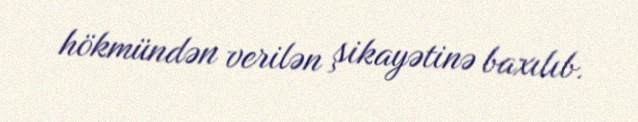
hökmündən verilən şikayətinə baxılıb.